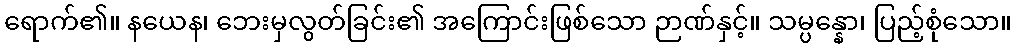
ရောက်၏။ နယေန၊ ဘေးမှလွတ်ခြင်း၏ အကြောင်းဖြစ်သော ဉာဏ်နှင့်။ သမ္ပန္နော၊ ပြည့်စုံသော။